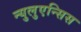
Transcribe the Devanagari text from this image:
न्युलुएन्सिस